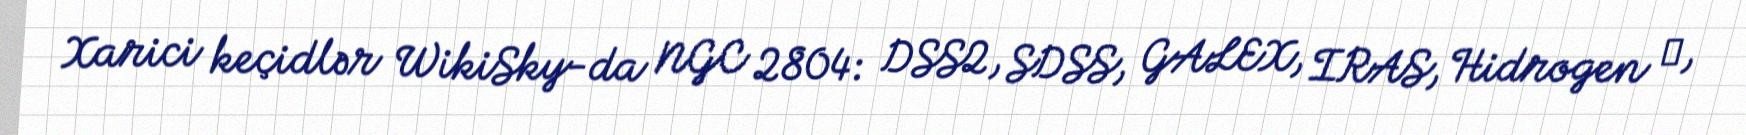
Xarici keçidlər WikiSky-da NGC 2804: DSS2, SDSS, GALEX, IRAS, Hidrogen α,